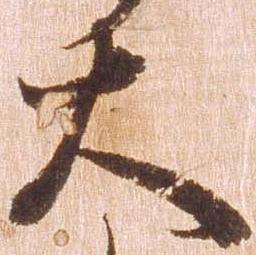
大